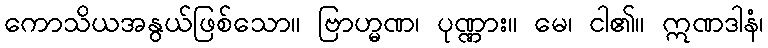
ကောသိယအနွယ်ဖြစ်သော။ ဗြာဟ္မဏ၊ ပုဏ္ဏား။ မေ၊ ငါ၏။ ဣဏဒါနံ၊